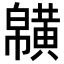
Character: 𪏑